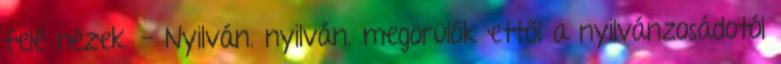
felé nézek. - Nyilván. nyilván. megörülők ettől a nyilvánzosádotól